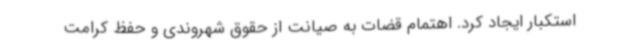
استکبار ایجاد کرد. اهتمام قضات به صیانت از حقوق شهروندی و حفظ کرامت